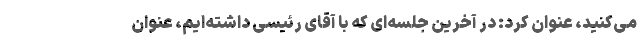
می‌کنید، عنوان کرد: در آخرین جلسه‌ای که با آقای رئیسی داشته‌ایم، عنوان